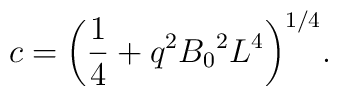
c={\left({1\over 4}+ q^2 {B_0}^2 L^4\right)}^{1/4}.